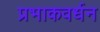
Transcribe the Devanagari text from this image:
प्रभाकवर्धन